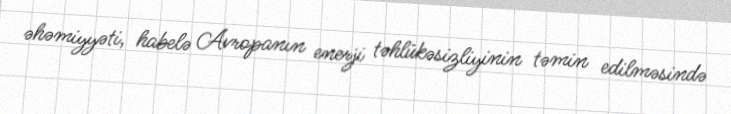
əhəmiyyəti, habelə Avropanın enerji təhlükəsizliyinin təmin edilməsində